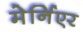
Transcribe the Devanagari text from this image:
मेर्निएर